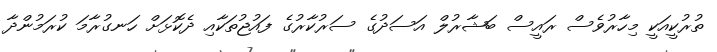
ތުރުކީއަކީ މިހާރުވެސް ރައީސް ބަޝާރުލް އަސަދުގެ ސަރުކާރުގެ ފައުޖުތަކާއި ދެކޮޅަށް ހަނގުރާމަ ކުރަމުންދާ